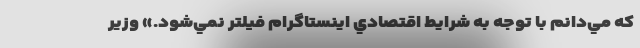
كه مي‌دانم با توجه به شرايط اقتصادي اينستاگرام فيلتر نمي‌شود.» وزير